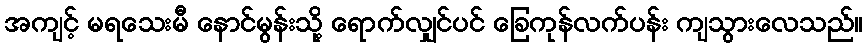
အကျင့် မရသေးမီ နောင်မွန်းသို့ ရောက်လျှင်ပင် ခြေကုန်လက်ပန်း ကျသွားလေသည်။